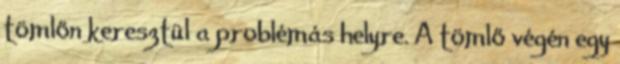
tömlőn keresztül a problémás helyre. A tömlő végén egy